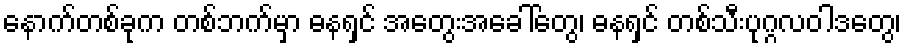
နောက်တစ်ခုက တစ်ဘက်မှာ ဓနရှင် အတွေးအခေါ်တွေ၊ ဓနရှင် တစ်သီးပုဂ္ဂလဝါဒတွေ၊